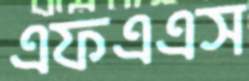
এফএএস